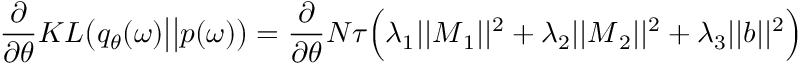
\frac { \partial } { \partial \theta } K L \big ( q _ { \theta } ( \boldsymbol { \omega } ) \big | \big | p ( \boldsymbol { \omega } ) \big ) = \frac { \partial } { \partial \theta } N \tau \Big ( \lambda _ { 1 } | | \boldsymbol { M } _ { 1 } | | ^ { 2 } + \lambda _ { 2 } | | \boldsymbol { M } _ { 2 } | | ^ { 2 } + \lambda _ { 3 } | | \boldsymbol { b } | | ^ { 2 } \Big )